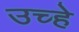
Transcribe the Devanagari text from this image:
उच्हे